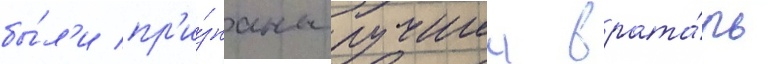
бы́л'и пр'и́знаны лучшии врата́рь